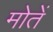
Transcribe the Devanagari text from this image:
मोतें